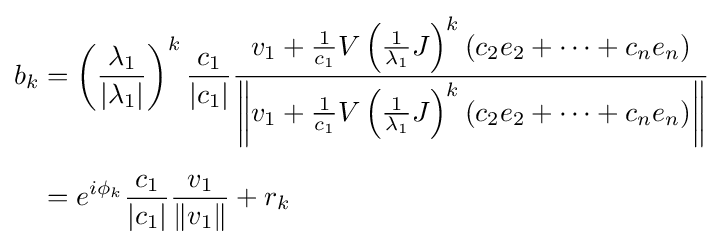
{\begin{aligned}b_{k}&=\left({\frac {\lambda _{1}}{|\lambda _{1}|}}\right)^{k}{\frac {c_{1}}{|c_{1}|}}{\frac {v_{1}+{\frac {1}{c_{1}}}V\left({\frac {1}{\lambda _{1}}}J\right)^{k}\left(c_{2}e_{2}+\cdots +c_{n}e_{n}\right)}{\left\|v_{1}+{\frac {1}{c_{1}}}V\left({\frac {1}{\lambda _{1}}}J\right)^{k}\left(c_{2}e_{2}+\cdots +c_{n}e_{n}\right)\right\|}}\\[6pt]&=e^{i\phi _{k}}{\frac {c_{1}}{|c_{1}|}}{\frac {v_{1}}{\|v_{1}\|}}+r_{k}\end{aligned}}